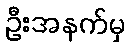
ဦးအနက်မှ